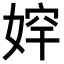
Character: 𡞛